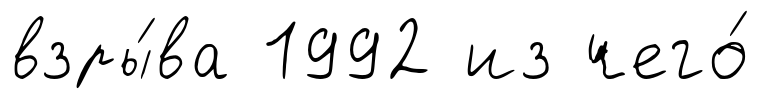
взры́ва 1992 из чего́